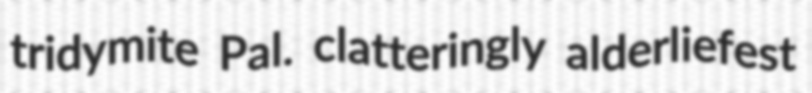
tridymite Pal. clatteringly alderliefest